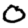
Digit: 0